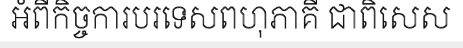
អំពីកិច្ចការបរទេសពហុភាគី ជាពិសេស